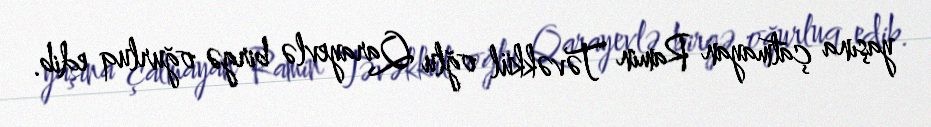
yaşına çatmayan Ramin Təvəkkül oğlu Qarayevlə birgə oğurluq edib.